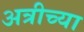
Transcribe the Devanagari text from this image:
अत्रीच्या